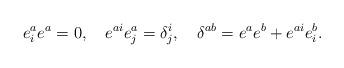
LaTeX: \begin{align*} e^a_i e^a = 0,\quad e^{ai} e^a_j = \delta^i_j,\quad \delta^{ab} = e^a e^b + e^{ai} e^b_i.\end{align*}